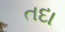
તદા